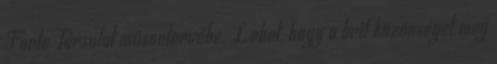
Forte Társulat műsortervébe. Lehet, hogy a brit közönséget meg